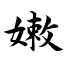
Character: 嫩